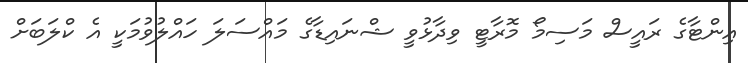
އިންޓާގެ ރައީސް މަސިމޯ މޮރާޓީ ވިދާޅުވީ ޝްނައިޑާގެ މައްސަލަ ހައްލުވުމަކީ އެ ކްލަބަށް